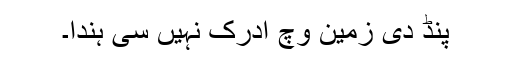
پنڈ دی زمین وچ ادرک نہیں سی ہُندا۔